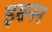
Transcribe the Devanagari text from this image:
इसनन